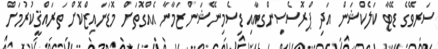
ސަރވޭގެ ޑޭޓާ ކަލެކްޝަން އަދި ޕްރޮސެސިންގއާއި ޑިސެމިނޭޝަން ޒަމާނާ އެއްގޮތަށް މޮޑަނައިޒްކޮށް ތަރައްޤީކުރުމަށް